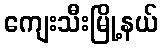
ကျေးသီးမြို့နယ်